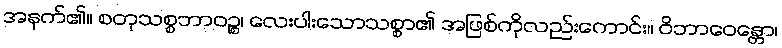
အနက်၏။ စတုသစ္စဘာဝဉ္စ၊ လေးပါးသောသစ္စာ၏ အဖြစ်ကိုလည်းကောင်း။ ဝိဘာဝေန္တော၊